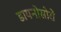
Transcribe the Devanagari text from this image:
डायनोसोरों